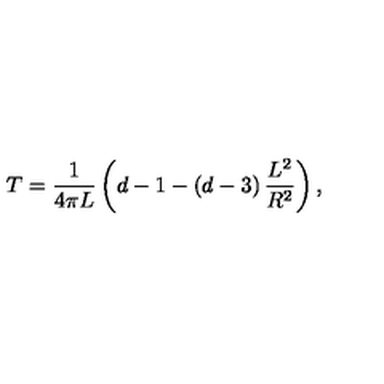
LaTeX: T = \frac { 1 } { 4 \pi L } \left( d - 1 - \left( d - 3 \right) \frac { L ^ { 2 } } { R ^ { 2 } } \right) ,